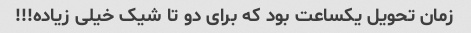
زمان تحویل یکساعت بود که برای دو تا شیک خیلی زیاده!!!